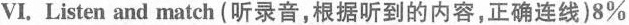
VI. Listen and match (听录音，根据听到的内容，正确连线) 8%